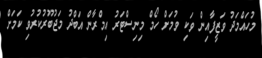
މުހައްމަދު ވަޒީފާއިން ވަކި ވުމަށް ހޯމް މިނިސްޓަރު އިމްރާން އަބްދު މަޖުބޫރުކުރުވި ކަމަށް